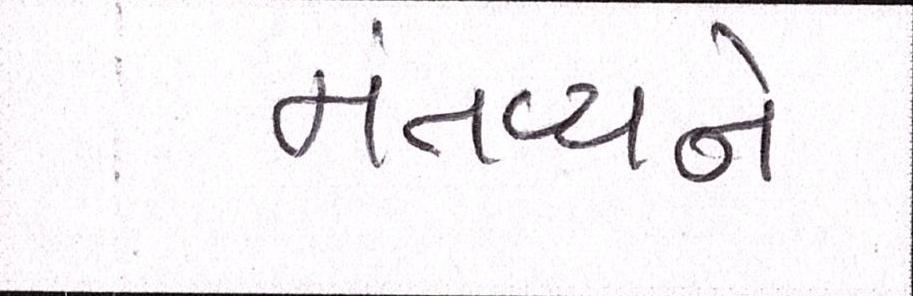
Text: મંતવ્યને